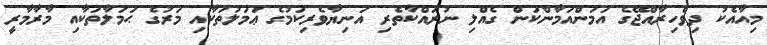
މިއާއެކު ދިވެހިރާއްޖޭގެ އަމަންއަމާންކަން ގެއްލި ނުރައްކާތެރި އަނިޔާވެރިކަމުގެ ޢަމަލުތަކާއި މަރުގެ ޙަމަލާތަކާއި މާރާމާރީ